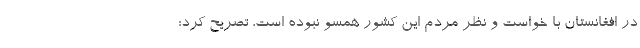
در افغانستان با خواست و نظر مردم این کشور همسو نبوده است، تصریح کرد: